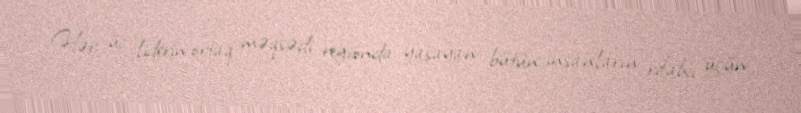
Hər üç liderin ortaq məqsədi regionda yaşayan bütün insanların rifahı üçün